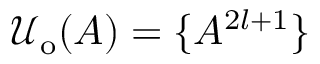
\mathcal { U } _ { \mathrm { o } } ( A ) = \{ A ^ { 2 l + 1 } \}